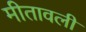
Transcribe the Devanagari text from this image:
मीतावली